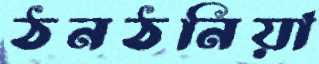
ঠনঠনিয়া